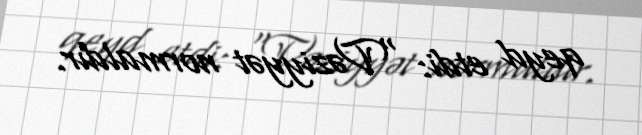
qeyd etdi: “Vəziyyət normaldır.